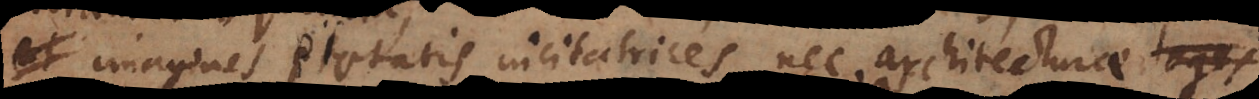
imagines pietatis incitatrices, nec architecturae leges